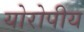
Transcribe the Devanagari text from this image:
योरोपीय